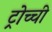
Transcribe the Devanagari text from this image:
ट्रोच्ची